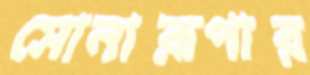
সোনারূপার